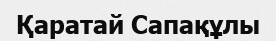
Қаратай Сапақұлы